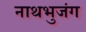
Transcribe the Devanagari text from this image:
नाथभुजंग